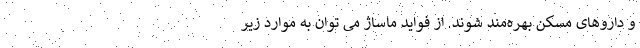
و داروهای مسکن بهره‌مند شوند. از فواید ماساژ می توان به موارد زیر